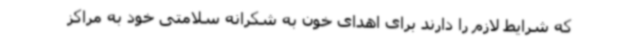
که شرایط لازم را دارند برای اهدای خون به شکرانه سلامتی خود به مراکز